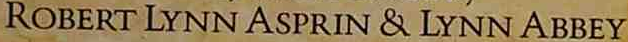
ROBERT LYNN ASPRIN & LYNN ABBEY